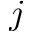
j